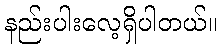
နည်းပါးလေ့ရှိပါတယ်။